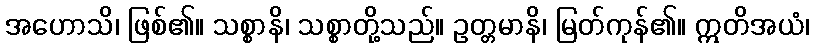
အဟောသိ၊ ဖြစ်၏။ သစ္စာနိ၊ သစ္စာတို့သည်။ ဥတ္တမာနိ၊ မြတ်ကုန်၏။ ဣတိအယံ၊